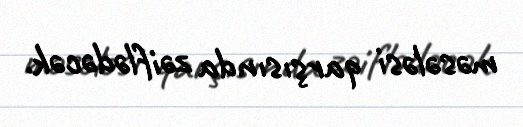
məsələsi qarşısında zəiflədəcək.